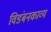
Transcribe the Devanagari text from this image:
विडंबनकाव्य